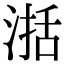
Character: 𣸅